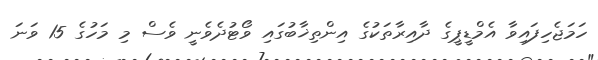
ހަމަޖެހިފައިވާ އެމްޑީޕީގެ ދާއިރާތަކުގެ އިންތިޚާބުގައި ވޯޓުދެވެނީ ވެސް މި މަހުގެ 15 ވަނަ